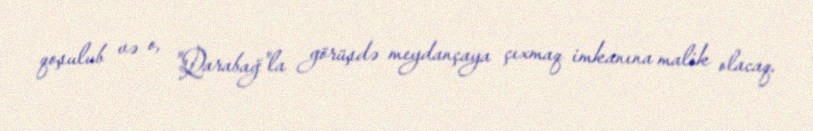
qoşulub və o, "Qarabağ"la görüşdə meydançaya çıxmaq imkanına malik olacaq.